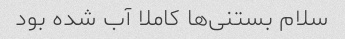
سلام بستنی‌ها کاملا آب شده بود